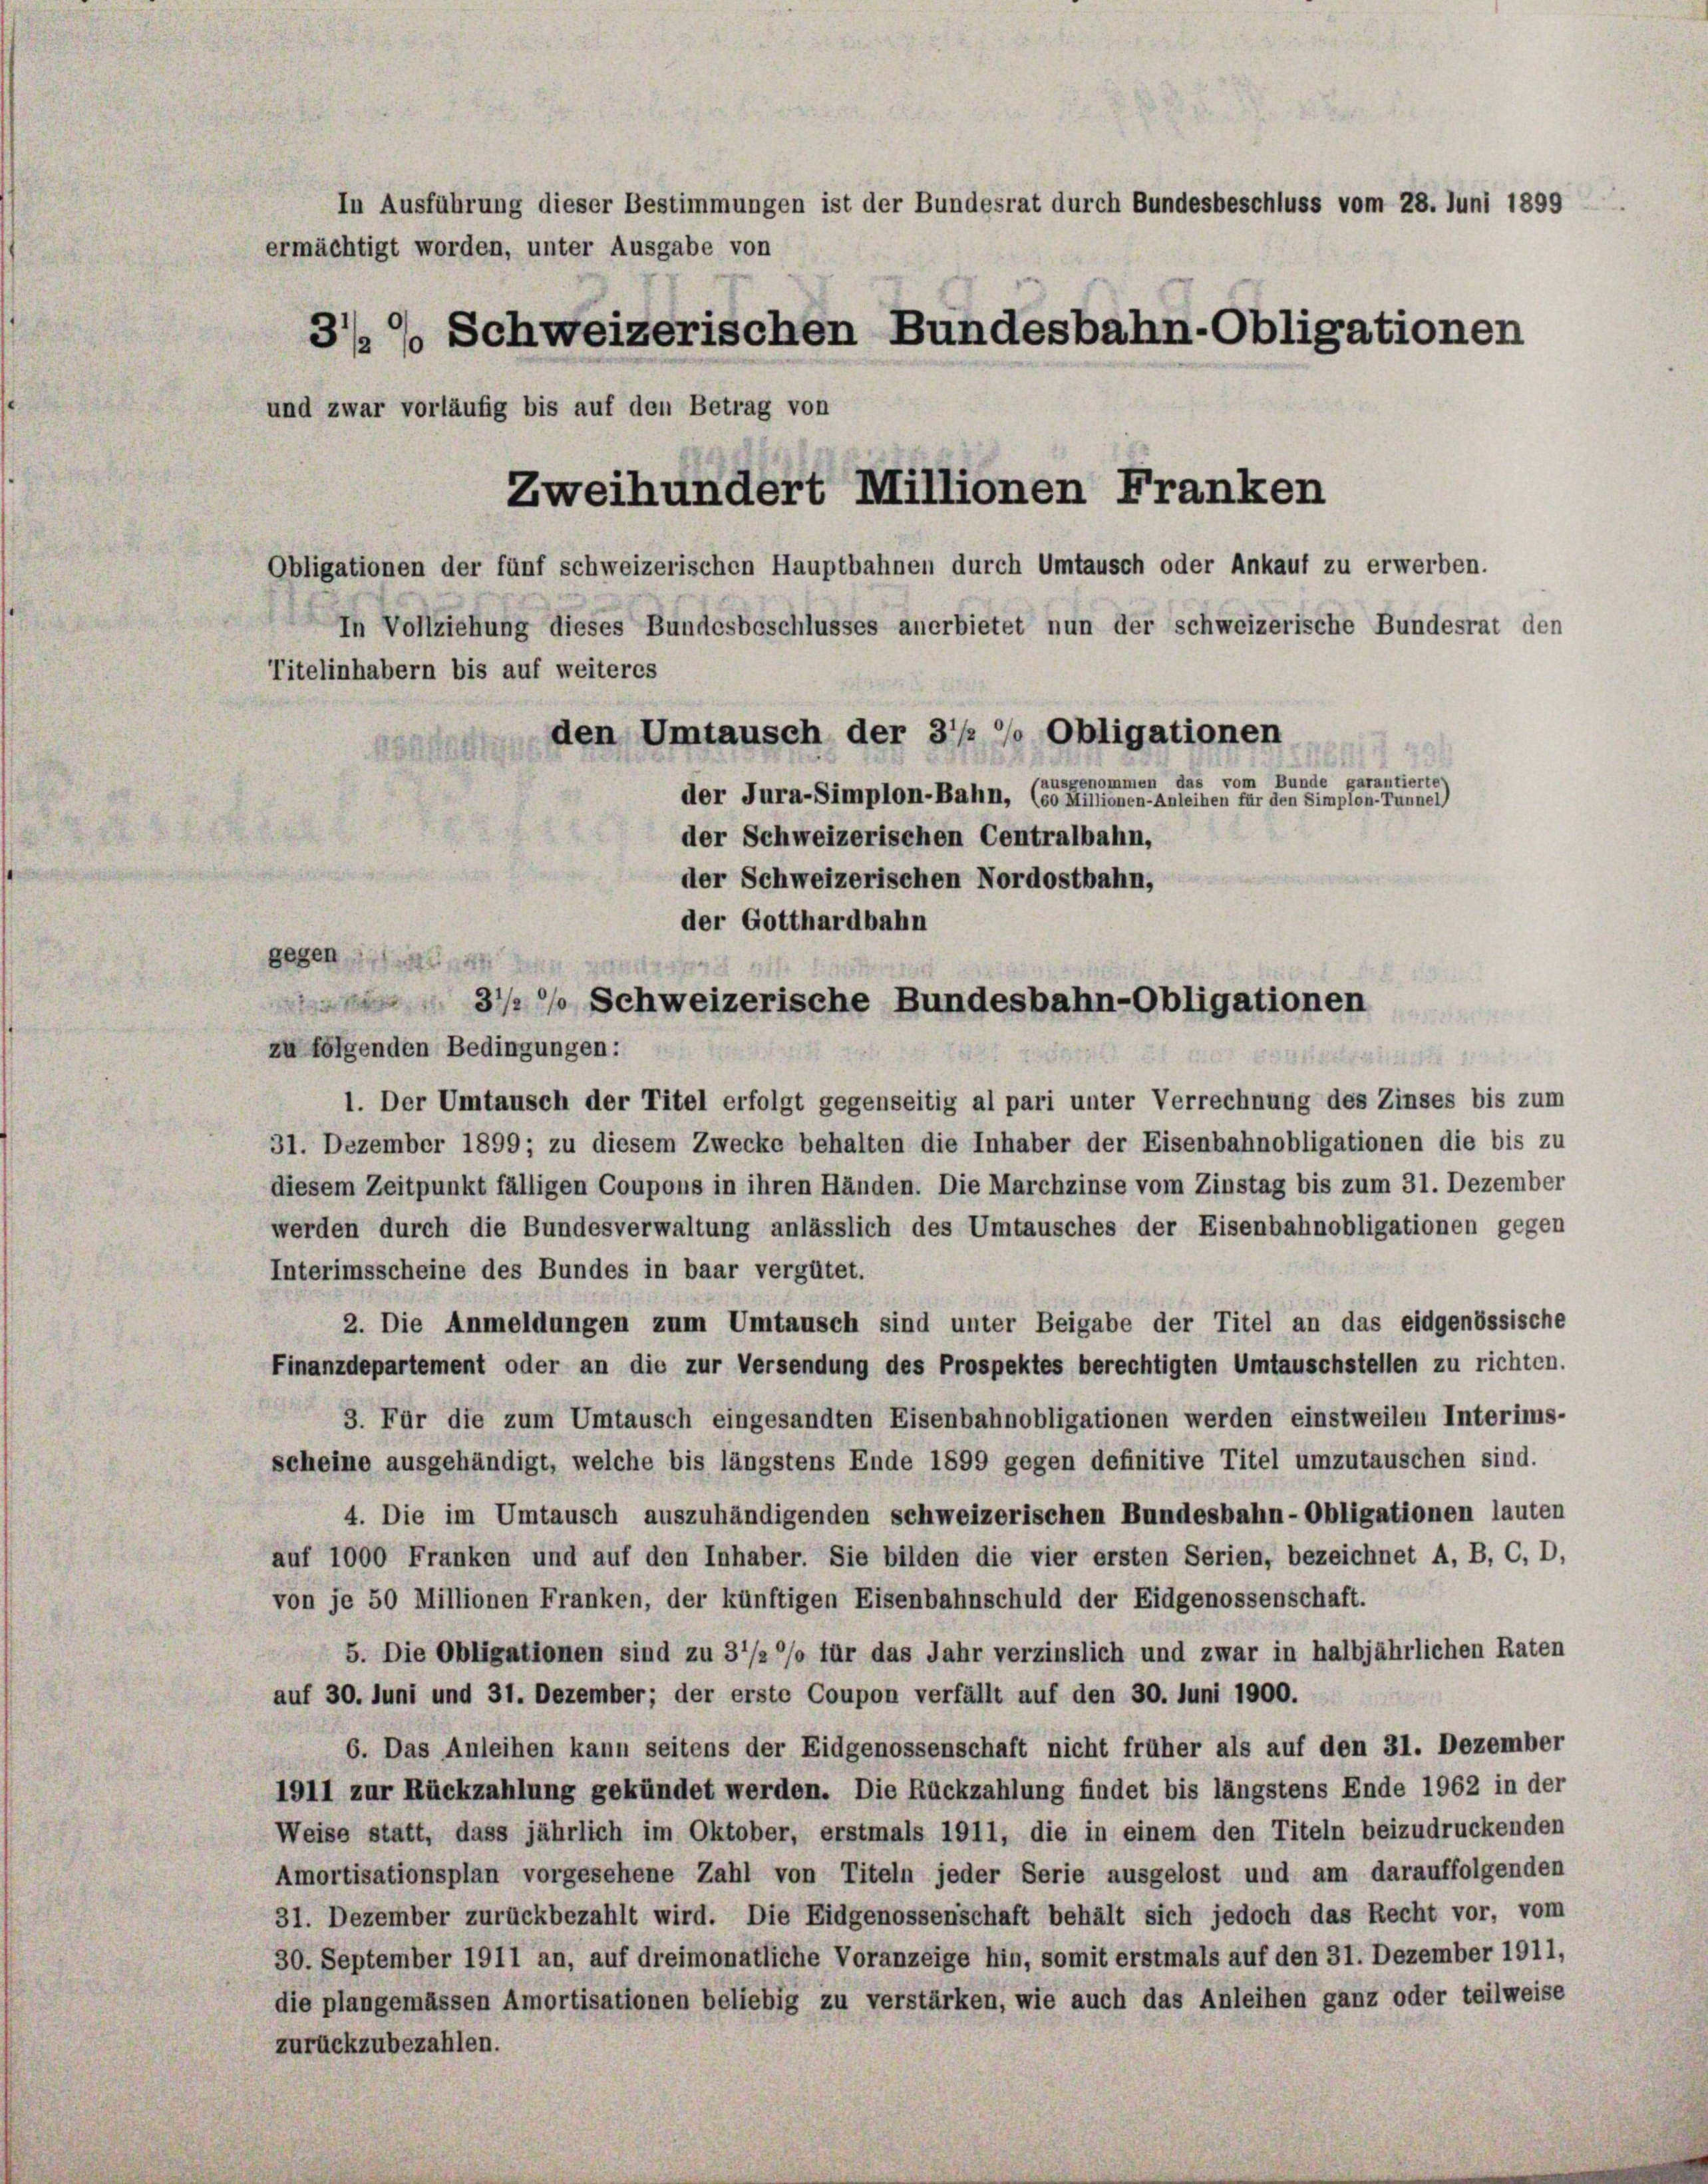
In Ausführung dieser Bestimmungen ist der Bundesrat durch Bundesbeschluss vom 28. Juni 1899
ermächtigt worden, unter Ausgabe von
3/ % Schweizerischen Bundesbahn-Obligationen
und zwar vorläufig bis auf den Betrag von
Zweihundert Millionen Franken
Obligationen der fünf schweizerischen Hauptbahnen durch Umtausch oder Ankauf zu erwerben.
In Vollziehung dieses Bundesbeschlusses anerbietet nun der schweizerische Bundesrat den
Titelinhabern bis auf weiteres
den Umtausch der 3 1/2 % Obligationen
(ausgenommen das vom Bunde garantierte
der Jura-Simplon-Bahn, (so Millionen-Anleihen für den Simplon-Fünner)
der Schweizerischen Centralbahn,
der Schweizerischen Nordostbahn,

der Gotthardbahn
g
3/ Schweizerische Bundesbahn-Obligationen

gegen de
zu folgenden Bedingungen:
1. Der Umtausch der Titel erfolgt gegenseitig al pari unter Verrechnung des Zinses bis zum
31. Dezember 1899; zu diesem Zwecke behalten die Inhaber der Eisenbahnobligationen die bis zu
diesem Zeitpunkt fälligen Coupons in ihren Händen. Die Marchzinse vom Zinstag bis zum 31. Dezember
werden durch die Bundesverwaltung anlässlich des Umtausches der Eisenbahnobligationen gegen
Interimsscheine des Bundes in baar vergütet.
2. Die Anmeldungen zum Umtausch sind unter Beigabe der Titel an das eidgenössische
Finanzdepartement oder an die zur Versendung des Prospektes berechtigten Umtauschstellen zu richten.
3. Für die zum Umtausch eingesandten Eisenbahnobligationen werden einstweilen Interims-
scheine ausgehändigt, welche bis längstens Ende 1899 gegen definitive Titel umzutauschen sind.
4. Die im Umtausch auszuhändigenden schweizerischen Bundesbahn-Obligationen lauten
auf 1000 Franken und auf den Inhaber. Sie bilden die vier ersten Serien, bezeichnet A, B, C, D,
von je 50 Millionen Franken, der künftigen Eisenbahnschuld der Eidgenossenschaft.
5. Die Obligationen sind zu 3 1/2% für das Jahr verzinslich und zwar in halbjährlichen Raten
auf 30. Juni und 31. Dezember; der erste Coupon verfällt auf den 30. Juni 1900.
6. Das Anleihen kann seitens der Eidgenossenschaft nicht früher als auf den 31. Dezember
1911 zur Rückzahlung gekündet werden. Die Rückzahlung findet bis längstens Ende 1962 in der
Weise statt, dass jährlich im Oktober, erstmals 1911, die in einem den Titeln beizudruckenden
Amortisationsplan vorgesehene Zahl von Titeln jeder Serie ausgelost und am darauffolgenden
31. Dezember zurückbezahlt wird. Die Eidgenossenschaft behält sich jedoch das Recht vor, vom
30. September 1911 an, auf dreimonatliche Voranzeige hin, somit erstmals auf den 31. Dezember 1911,
die plangemässen Amortisationen beliebig zu verstärken, wie auch das Anleihen ganz oder teilweise
zurückzubezahlen.